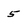
Character: 5